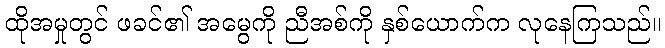
ထိုအမှုတွင် ဖခင်၏ အမွေကို ညီအစ်ကို နှစ်ယောက်က လုနေကြသည်။